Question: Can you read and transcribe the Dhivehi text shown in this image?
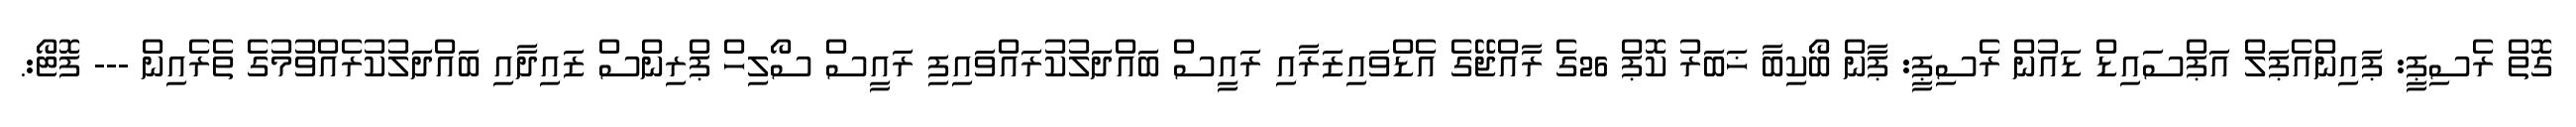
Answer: ގޮތް ރެސިޕީ: ޕައިންއެޕަލް އަޕްސައިޑް ޑައުން ރެސިޕީ: ޕާން ބޯކިބާ ޚަބަރު ކޮޕް 26ގެ ރާއްޖޭގެ އެޑްވައިޒަރާއި ރައީސް ބައްދަލުކުރައްވައިފި ރައީސް ސޯލިހް ޕްރިންސް ޒައިދާއި ބައްދަލުކުރެއްވުމުގެ ތެރެއިން --- ފޮޓޯ:.